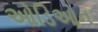
ઓડિઓન